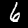
Label: 6